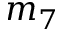
m _ { 7 }